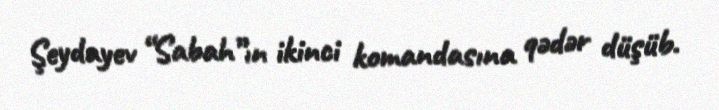
Şeydayev “Sabah”ın ikinci komandasına qədər düşüb.